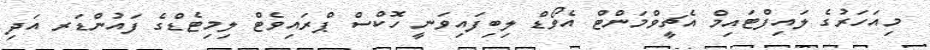
މިއަހަރުގެ ލައިފްޓައިމް އެޗީވްމަންޓް އެވޯޑް ލިބިފައިވަނީ ހޮކްސް ޕްރައިވެޓް ލިމިޓެޑްގެ ފައުންޑަރ އަދި